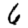
Digit: 6